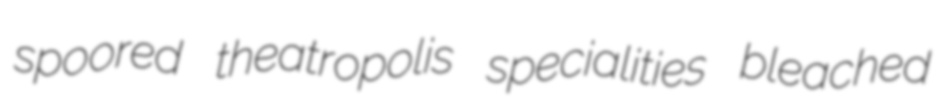
spoored theatropolis specialities bleached